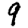
Digit: 9